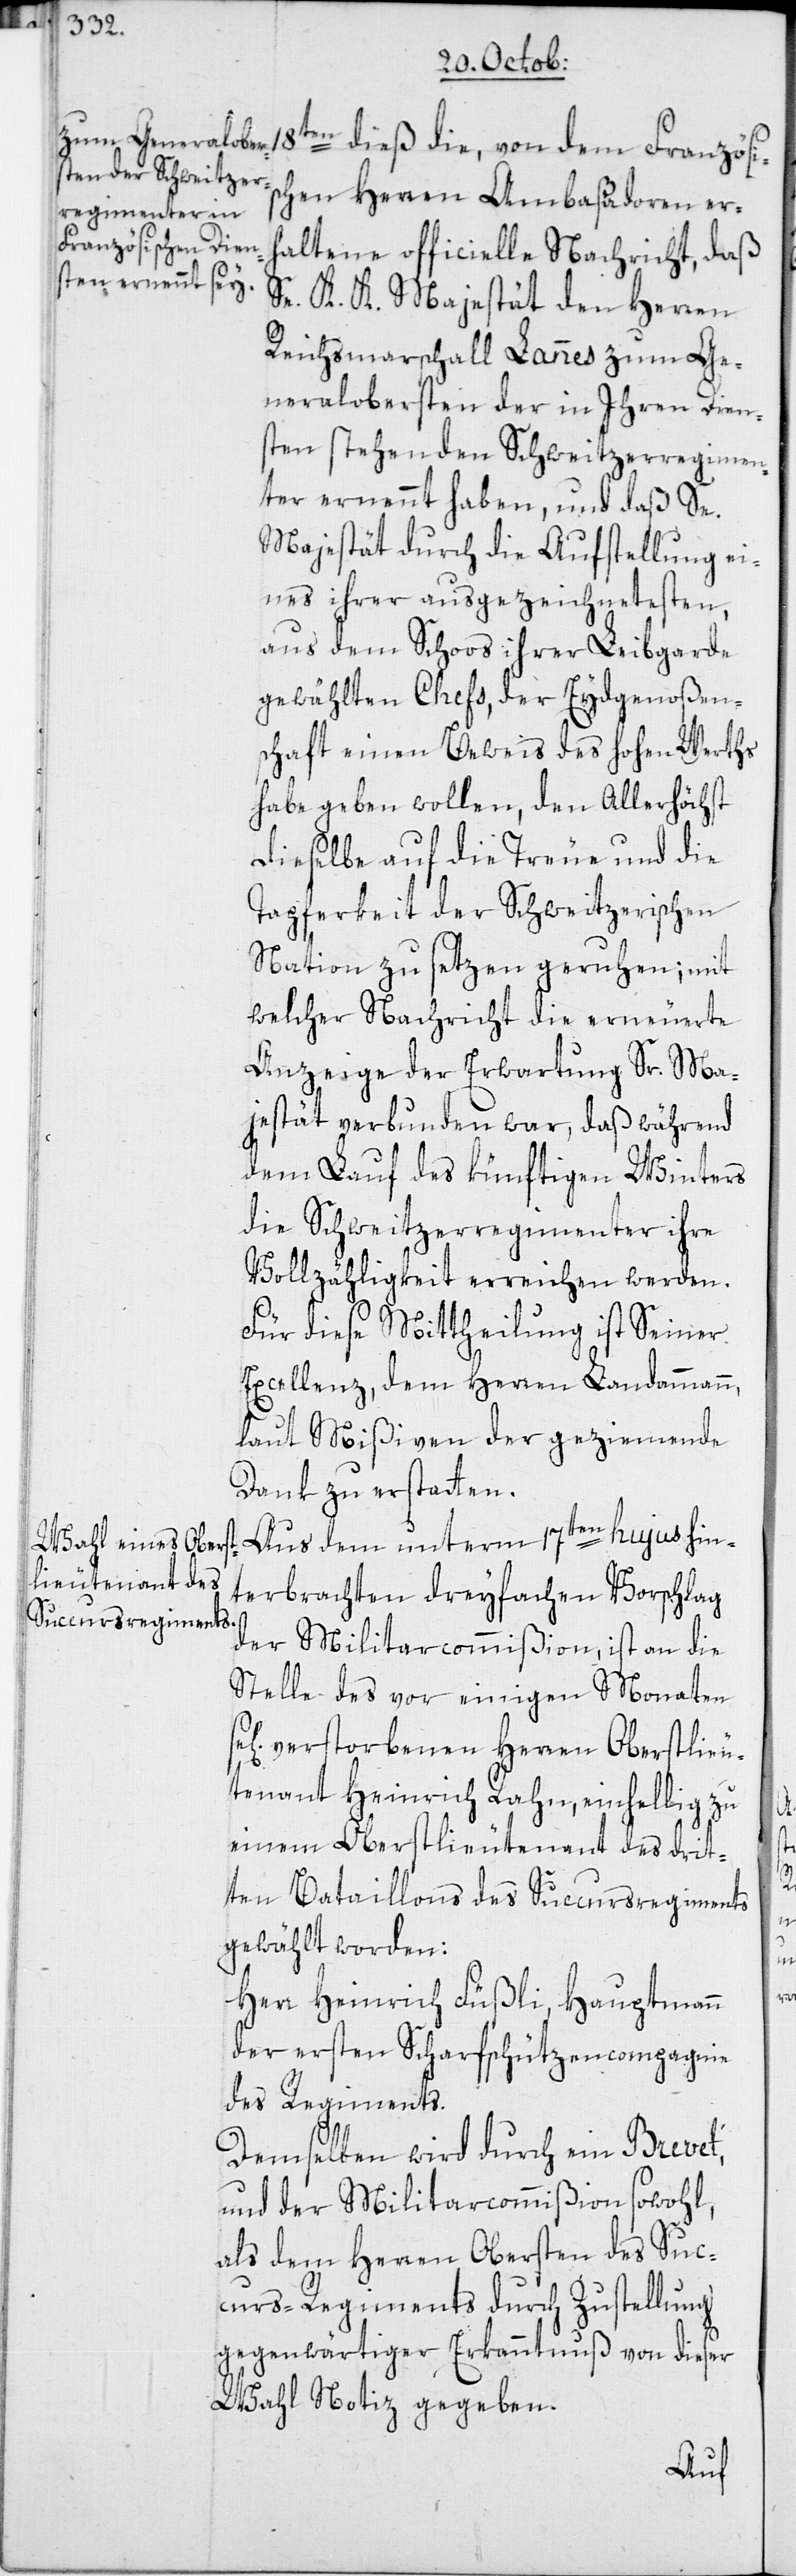
Französis¬
chen Herren Ambaßadoren er¬
haltene officielle Nachricht, daß
Se. K. K. Majestät den Herren
Reichsmarschall Lannes zum Ge¬
neralobersten der in Ihren Dien¬
sten stehenden Schweitzerregimen¬
ter ernennt haben, und daß Se.
Majestät durch die Aufstellung ei¬
nes ihrer ausgezeichnetesten,
aus dem Schoos ihrer Leibgarde
gewählten Chefs, der Eydgenoßen¬
schaft einen Beweis des hohen Werths
habe geben wollen, den Allerhöchst
dieselbe auf die Treue und die
Tapferkeit der Schweitzerischen
Nation zu setzen geruhen; mit
welcher Nachricht die erneuerte
Anzeige der Erwartung Sr. Ma¬
jestät verbunden war, daß während
dem Lauf des künftigen Winters
die Schweitzerregimenter ihre
Vollzähligkeit erreichen werden.
Für diese Mittheilung ist Seiner
Excellenz, dem Herren Landammann,
laut Mißiven der geziemende
Dank zu erstatten.
Aus dem unterm 17ten hujus hin¬
terbrachten dreyfachen Vorschlag
der Militarcommißion, ist an die
Stelle des vor einigen Monaten
verstorbenen Herren Oberstlieu¬
tenant Heinrich Rahn, einhellig zu
einem Oberstlieutenant des drit¬
ten Bataillons des Succursregiments
gewählt worden:
Herr Heinrich Füßli, Hauptmann
der ersten Scharfschützencompagnie
des Regiments.
Demselben wird durch ein Brevet,
und der Miltarcommißion sowohl,
als dem Herren Obersten des Suc¬
curs-Regiments durch Zustellung
gegenwärtiger Erkanntnuß von dieser
Wahl Notiz gegeben.